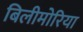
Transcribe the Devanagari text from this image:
बिलीमोरिया